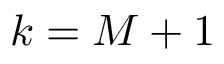
k = M + 1